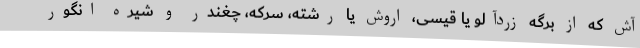
آش که از برگه زردآلو یا قیسی، اُروش یا رشته، سرکه، چغندر و شیره انگور